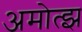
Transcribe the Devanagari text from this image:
अमोत्झ